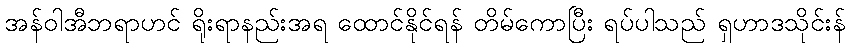
အန်ဝါအီဘရာဟင် ရိုးရာနည်းအရ ထောင်နိုင်ရန် တိမ်ကောပြီး ရပ်ပါသည် ရှဟာဒသိုင်းန်